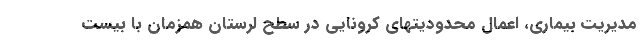
مدیریت بیماری، اعمال محدودیتهای کرونایی در سطح لرستان همزمان با بیست